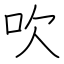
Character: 吹